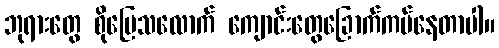
ဘုရားတွေ စိုပြေသလောက် ကျောင်းတွေခြောက်ကပ်နေတာပါ။